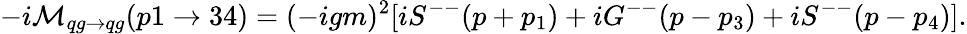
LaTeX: -i{\cal M}_{qg\to qg}(p1\to 34)=(-igm)^{2}[iS^{--}(p+p_{1})+iG^{--}(p-p_{3})+iS^{--}(p-p_{4})].